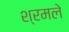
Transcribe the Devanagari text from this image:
श्रमले